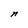
Character: n